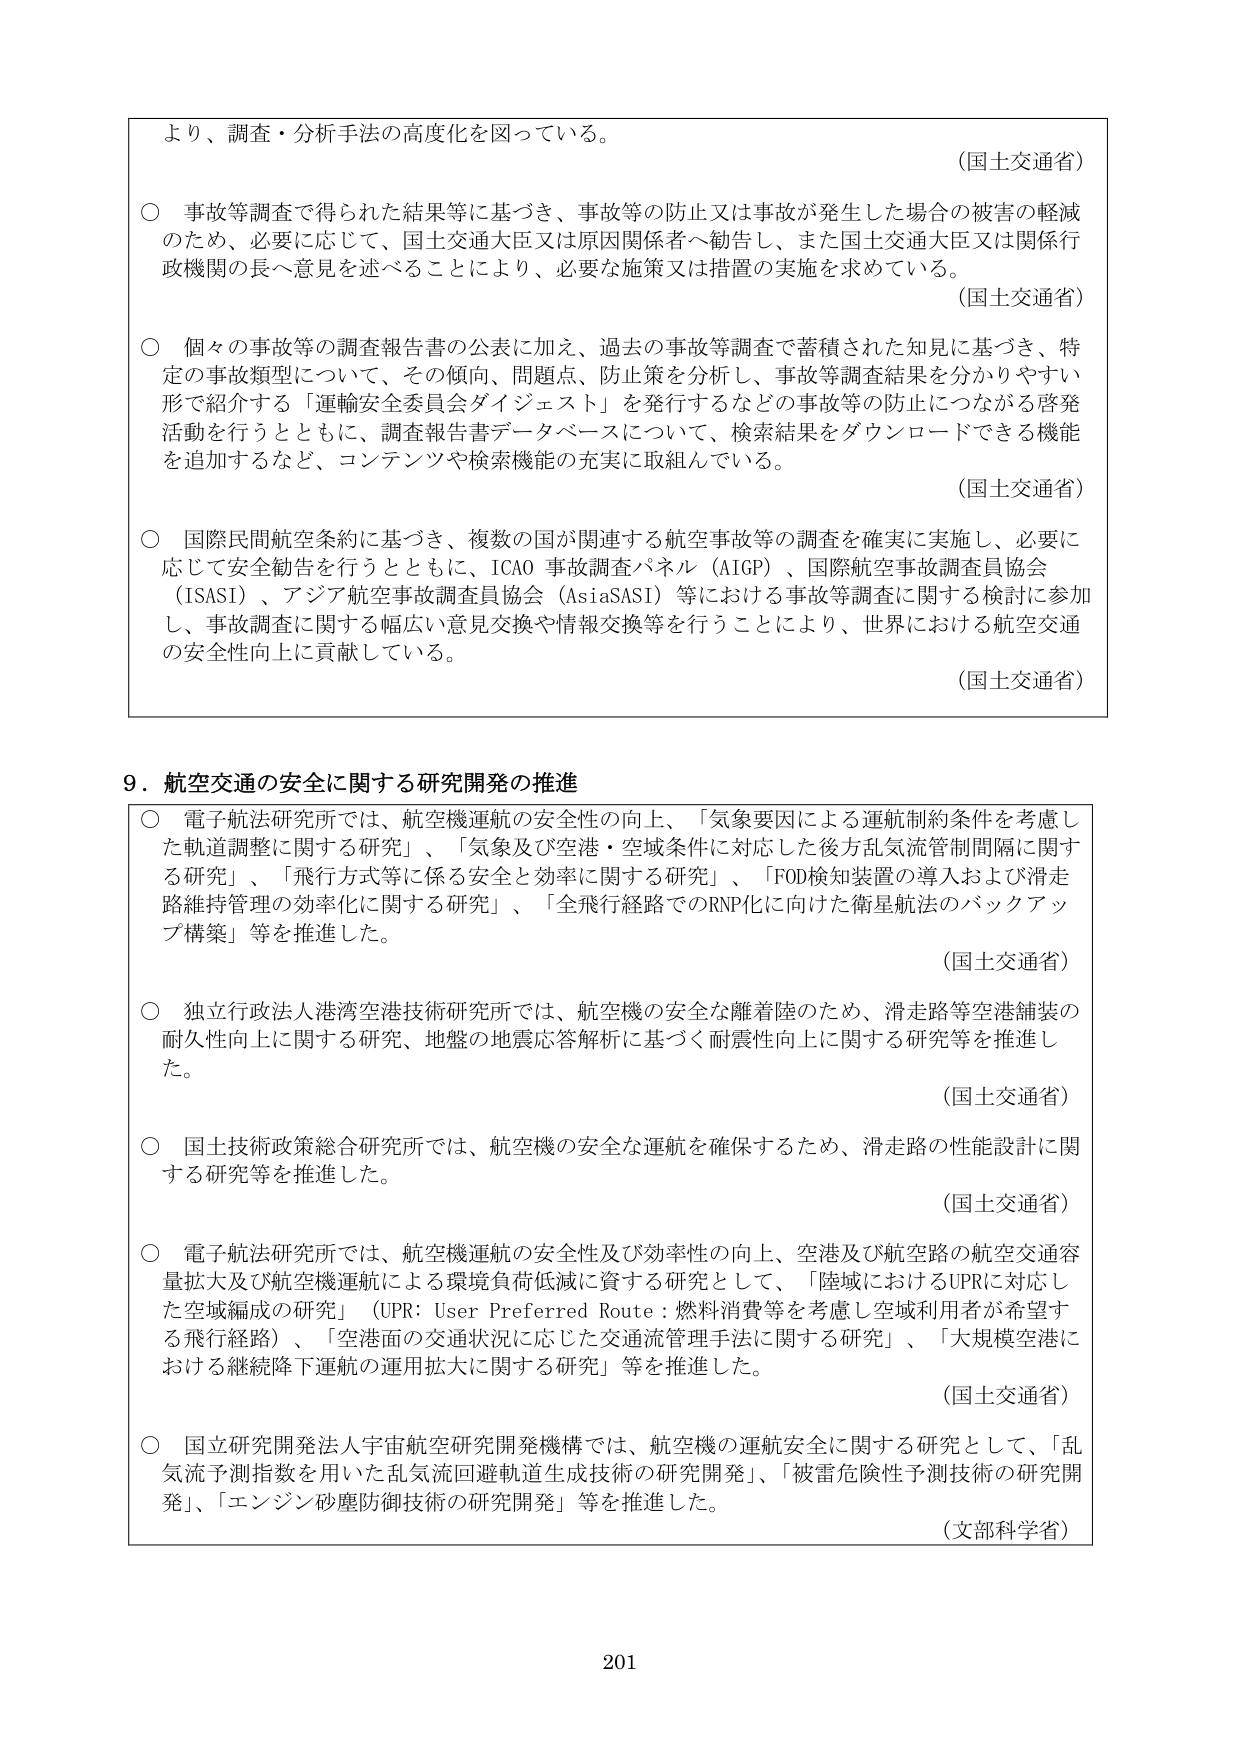
より、調査・分析手法の高度化を図っている。

（国土交通省）

○ 事故等調査で得られた結果等に基づき、事故等の防止又は事故が発生した場合の被害の軽減のため、必要に応じて、国土交通大臣又は原因関係者へ勧告し、また国土交通大臣又は関係行政機関の長へ意見を述べることにより、必要な施策又は措置の実施を求めている。

（国土交通省）

○ 個々の事故等の調査報告書の公表に加え、過去の事故等調査で蓄積された知見に基づき、特定の事故類型について、その傾向、問題点、防止策を分析し、事故等調査結果を分かりやすい形で紹介する「運輸安全委員会ダイジェスト」を発行するなどの事故等の防止につながる啓発活動を行うとともに、調査報告書データベースについて、検索結果をダウンロードできる機能を追加するなど、コンテンツや検索機能の充実に取組んでいる。

（国土交通省）

○ 国際民間航空条約に基づき、複数の国が関連する航空事故等の調査を確実に実施し、必要に応じて安全勧告を行うとともに、ICAO 事故調査パネル（AIGP）、国際航空事故調査員協会（ISASI）、アジア航空事故調査員協会（AsiaSASI）等における事故等調査に関する検討に参加し、事故調査に関する幅広い意見交換や情報交換等を行うことにより、世界における航空交通の安全性向上に貢献している。

（国土交通省）

9．航空交通の安全に関する研究開発の推進

○ 電子航法研究所では、航空機運航の安全性の向上、「気象要因による運航制約条件を考慮した軌道調整に関する研究」、「気象及び空港・空域条件に対応した後方乱気流管制間隔に関する研究」、「飛行方式等に係る安全と効率に関する研究」、「FOD検知装置の導入および滑走路維持管理の効率化に関する研究」、「全飛行経路でのRNP化に向けた衛星航法のバックアップ構築」等を推進した。

（国土交通省）

○ 独立行政法人港湾空港技術研究所では、航空機の安全な離着陸のため、滑走路等空港舗装の耐久性向上に関する研究、地盤の地震応答解析に基づく耐震性向上に関する研究等を推進した。

（国土交通省）

○ 国土技術政策総合研究所では、航空機の安全な運航を確保するため、滑走路の性能設計に関する研究等を推進した。

（国土交通省）

○ 電子航法研究所では、航空機運航の安全性及び効率性の向上、空港及び航空路の航空交通容量拡大及び航空機運航による環境負荷低減に資する研究として、「陸域におけるUPRに対応した空域編成の研究」（UPR: User Preferred Route：燃料消費等を考慮し空域利用者が希望する飛行経路）、「空港面の交通状況に応じた交通流管理手法に関する研究」、「大規模空港における継続降下運航の運用拡大に関する研究」等を推進した。

（国土交通省）

○ 国立研究開発法人宇宙航空研究開発機構では、航空機の運航安全に関する研究として、「乱気流予測指数を用いた乱気流回避軌道生成技術の研究開発」、「被害危険性予測技術の研究開発」、「エンジン砂塵防御技術の研究開発」等を推進した。

（文部科学省）

201